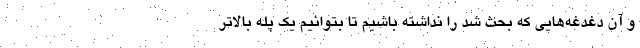
و آن دغدغه‌هایی که بحث شد را نداشته باشیم تا بتوانیم یک پله بالاتر